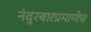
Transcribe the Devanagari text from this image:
नंदुरबारप्रमाणेच